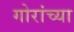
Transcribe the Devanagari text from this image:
गोरांच्या